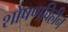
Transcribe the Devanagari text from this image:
शोषणविहीन